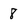
Character: 8